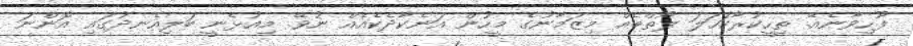
ފޫހިވާނެއޭ. ތިހީކުރާކަހަލަ ލޯތްބެއް މިޒަމާނުގެ މީހުން އަނެކާދެކެއެއް ނުވޭ. މިއުޅެނީ ބަލިއެނދުގައި އޮންނަ